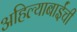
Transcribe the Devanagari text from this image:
अहिल्याबाईंची